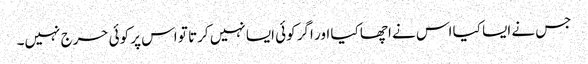
جس نے ایسا کیا اس نے اچھا کیا اور اگر کوئی ایسا نہیں کرتا تو اس پر کوئی حرج نہیں۔